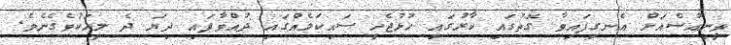
ވީނިއުސްއަށް އެނގިފައިވާ ގޮތުގައި ކާރުގައި ހުޅުޖެހީ ސައިކަލެއްގައި ދުއްވާފައި ދިޔަ ދެ މީހަކުވެގެނެވެ.